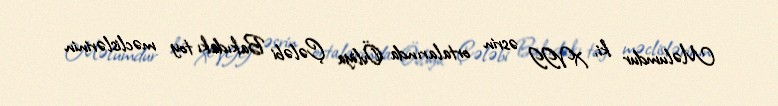
Məlumdur ki, XVII əsrin ortalarında Övliya Çələbi Bakıdakı toy məclislərinin